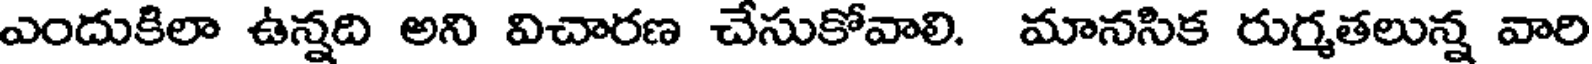
ఎందుకిలా ఉన్నది అని విచారణ చేసుకోవాలి. మానసిక రుగ్మతలున్న వారి